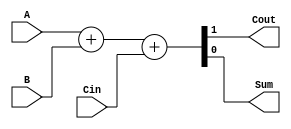
`timescale 1ns / 1ps
//////////////////////////////////////////////////////////////////////////////////
// Company: 
// Engineer: 
// 
// Design Name: 
// Module Name:    Full_Adder 
// Project Name: 
// Target Devices: 
// Tool versions: 
// Description: 
//
// Dependencies: 
//
// Revision: 
// Revision 0.01 - File Created
// Additional Comments: 
//
//////////////////////////////////////////////////////////////////////////////////
module full_adder(Cin, A, B, Cout, Sum);
	output Cout, Sum;
	input A, B, Cin;
	// 1-bit full adder implementation
	assign {Cout, Sum} = A + B + Cin;
endmodule